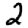
Digit: 2